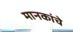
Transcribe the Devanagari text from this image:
मानकांचे